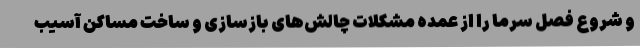
و شروع فصل سرما را از عمده مشکلات چالش‌های بازسازی و ساخت مساکن آسیب